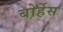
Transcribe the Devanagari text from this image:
बोर्हेस